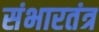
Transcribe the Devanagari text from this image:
संभारतंत्र